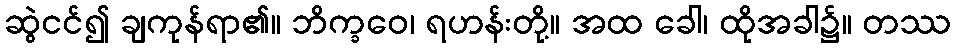
ဆွဲငင်၍ ချကုန်ရာ၏။ ဘိက္ခဝေ၊ ရဟန်းတို့။ အထ ခေါ၊ ထိုအခါ၌။ တဿ